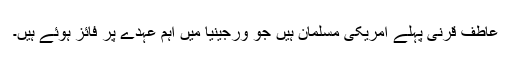
عاطف قرنی پہلے امریکی مسلمان ہیں جو ورجینیا میں اہم عہدے پر فائز ہوئے ہیں۔